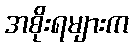
အစိုးရများက